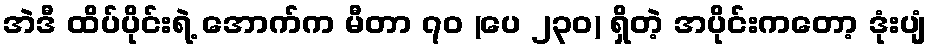
အဲဒီ ထိပ်ပိုင်းရဲ့ အောက်က မီတာ ၇၀ (ပေ ၂၃၀) ရှိတဲ့ အပိုင်းကတော့ ဒုံးပျံ